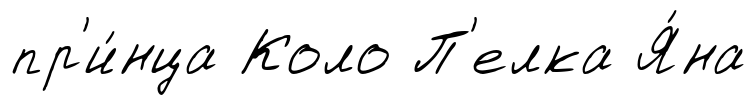
пр'и́нца Коло П'елка Я́на